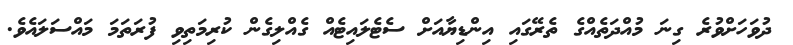
ދުވަހަށްވުރެ ގިނަ މުއްދަތެއްގެ ތެރޭގައި އިންޑިޔާއަށް ސެޓެލައިޓެއް ގެއްލިގެން ކުރިމަތިވި ފުރަތަމަ މައްސަލައެވެ.